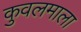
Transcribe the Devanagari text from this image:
कुवलमाला